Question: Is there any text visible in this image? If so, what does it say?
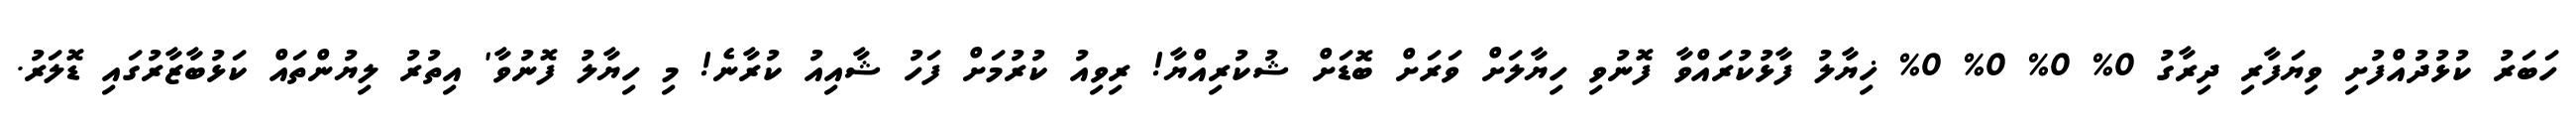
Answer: ހަބަރު ކުޅުދުއްފުށި ވިޔަފާރި ދިރާގު 0% 0% 0% 0% ޚިޔާލު ފާޅުކުރައްވާ ފޮނުވި ހިޔާލަށް ވަރަށް ބޮޑަށް ޝުކުރިއްޔާ! ރިވިއު ކުރުމަށް ފަހު ޝާއިއު ކުރާނެ! މި ހިޔާލު ފޮނުވާ' އިތުރު ލިޔުންތައް ކަޅުބާޒާރުގައި ޑޮލަރު.